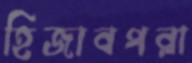
হিজাবপরা